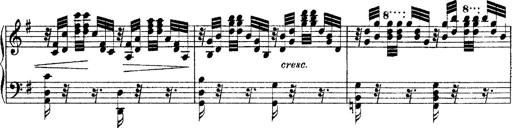
Title: Ã‰tudes d'exÃ©cution transcendante d'aprÃ¨s Paganini
Composer: Franz Liszt